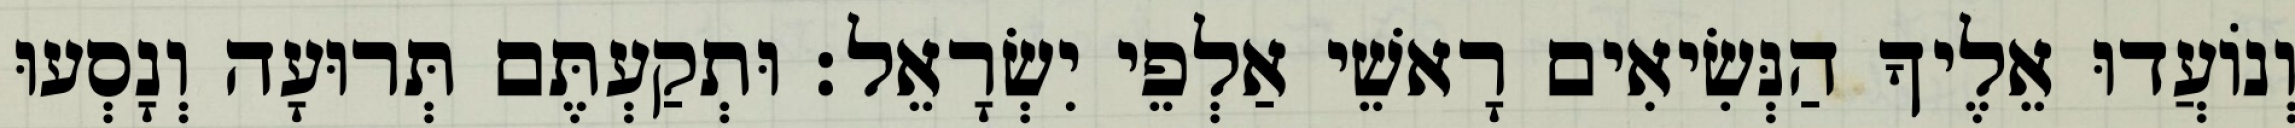
וְנוֹעֲדוּ אֵלֶיךָ הַנְּשִׂיאִים רָאשֵׁי אַלְפֵי יִשְׂרָאֵל׃ וּתְקַעְתֶּם תְּרוּעָה וְנָסְעוּ